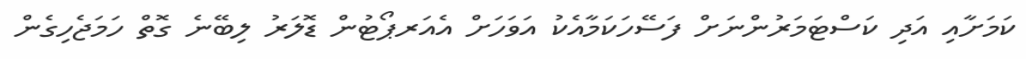
ކަމަށާއި އަދި ކަސްޓަމަރުންނަށް ފަސޭހަކަމާއެކު އަވަހަށް އެއަރޕޯޓުން ޑޮލަރު ލިބޭނެ ގޮތް ހަމަޖެހިގެން